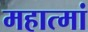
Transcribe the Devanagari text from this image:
महात्मां